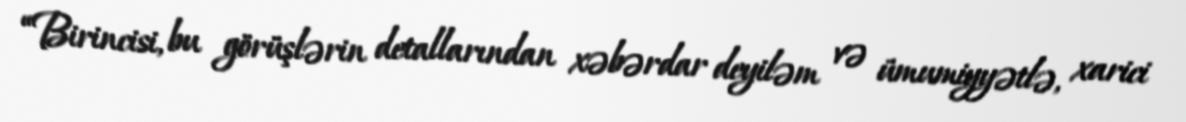
“Birincisi, bu görüşlərin detallarından xəbərdar deyiləm və ümumiyyətlə, xarici